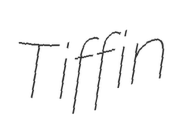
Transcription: Tiffin